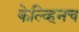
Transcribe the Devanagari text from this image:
केल्व्हिनच